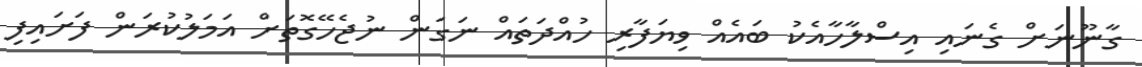
ގާނޫނަށް ގެނައި އިސްލާހާއެކު ބައެއް ވިޔަފާރި ހުއްދަތައް ނަގަން ނުޖެހޭގޮތަށް އަމަލުކުރަން ފަށައިފި